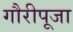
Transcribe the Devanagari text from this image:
गौरीपूजा